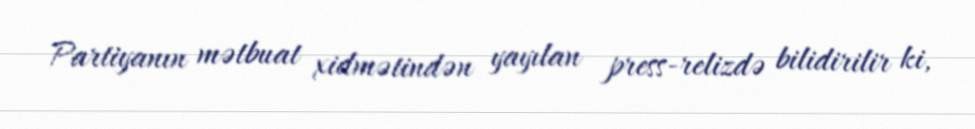
Partiyanın mətbuat xidmətindən yayılan press-relizdə bilidirilir ki,